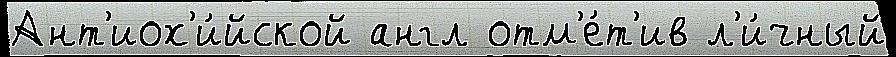
Ант'иох'и́йской англ отм'е́т'ив л'и́чный